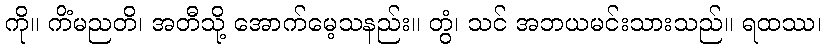
ကို။ ကိံမညတိ၊ အတီသို့ အောက်မေ့သနည်း။ တွံ၊ သင် အဘယမင်းသားသည်။ ရထဿ၊